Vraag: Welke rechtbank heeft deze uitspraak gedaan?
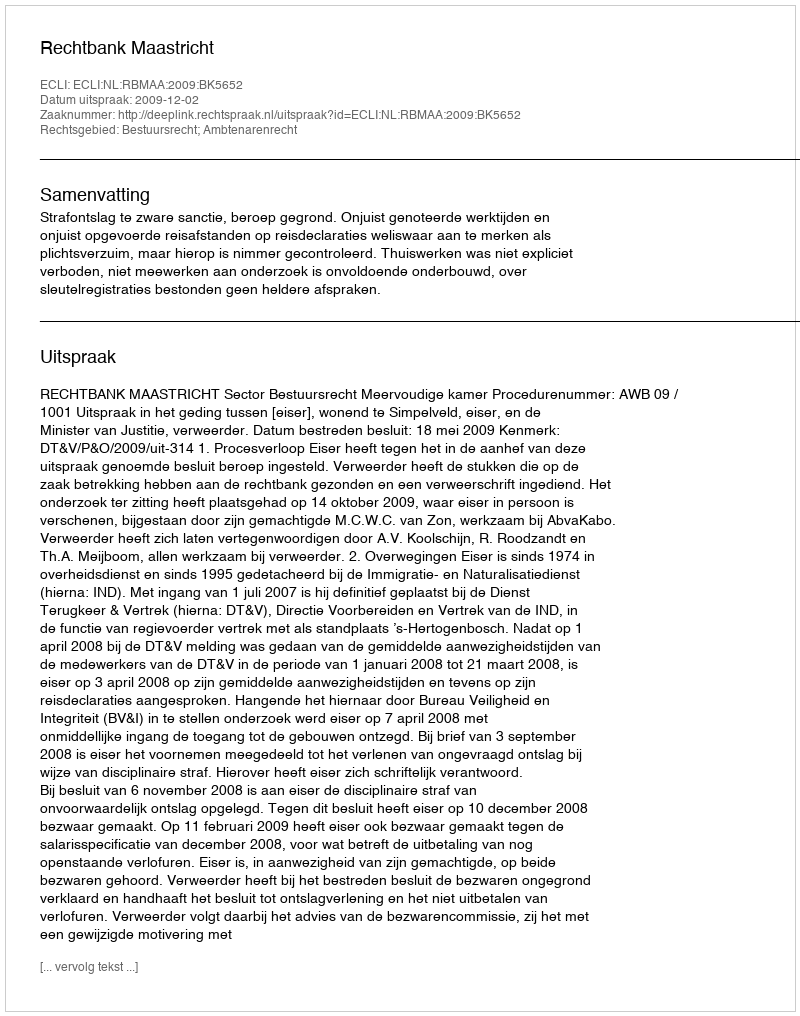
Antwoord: Rechtbank Maastricht